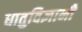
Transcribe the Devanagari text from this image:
धातुविज्ञानी